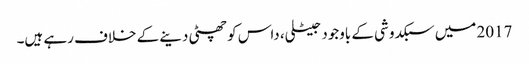
2017 میں سبکدوشی کے باوجود جیٹلی، داس کو چھٹی دینے کے خلاف رہے ہیں۔